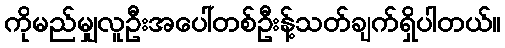
ကိုမည်မျှလူဦးအပေါ်တစ်ဦးန့်သတ်ချက်ရှိပါတယ်။